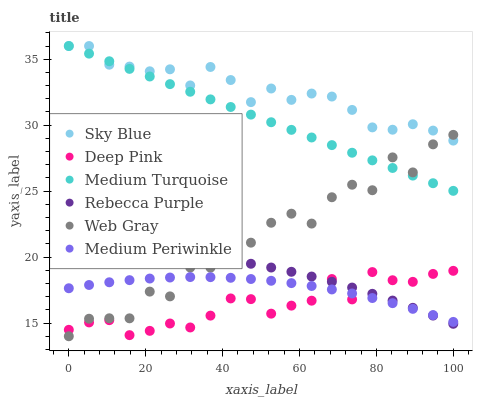
| xaxis_label | Sky Blue | Deep Pink | Medium Turquoise | Rebecca Purple | Web Gray | Medium Periwinkle |
 | --- | --- | --- | --- | --- | --- | --- |
 | 0 | 36 | 14.5 | 36 | 20.4 | 14 | 17.6 |
 | 5.26 | 36 | 15 | 35.4 | 20.4 | 15.3 | 17.9 |
 | 10.5 | 34.6 | 15.2 | 34.8 | 20.4 | 15.4 | 18.1 |
 | 15.8 | 34.4 | 14.1 | 34.3 | 20.4 | 15.4 | 18.3 |
 | 21.1 | 34.1 | 14.4 | 33.7 | 20.4 | 17.4 | 18.4 |
 | 26.3 | 34.2 | 15 | 33.1 | 20.3 | 17 | 18.5 |
 | 31.6 | 33 | 14.7 | 32.5 | 20.1 | 19.2 | 18.5 |
 | 36.8 | 34.4 | 15.6 | 32 | 20 | 19.2 | 18.5 |
 | 42.1 | 33.4 | 16.9 | 31.4 | 19.7 | 20 | 18.4 |
 | 47.4 | 31.7 | 16.8 | 30.8 | 19.5 | 21.1 | 18.3 |
 | 52.6 | 32.8 | 15.7 | 30.2 | 19.2 | 22.6 | 18.2 |
 | 57.9 | 31.9 | 16.3 | 29.6 | 18.9 | 23.3 | 18 |
 | 63.2 | 32.4 | 16.7 | 29.1 | 18.5 | 22.5 | 17.8 |
 | 68.4 | 32.2 | 18.3 | 28.5 | 18.1 | 24.5 | 17.5 |
 | 73.7 | 31.2 | 16.8 | 27.9 | 17.7 | 25.5 | 17.2 |
 | 78.9 | 29.8 | 18.9 | 27.3 | 17.2 | 25.1 | 16.9 |
 | 84.2 | 29.7 | 18.2 | 26.8 | 16.7 | 27.6 | 16.5 |
 | 89.5 | 30.1 | 18.1 | 26.2 | 16.2 | 26.4 | 16.1 |
 | 94.7 | 29.6 | 18.7 | 25.6 | 15.6 | 28.5 | 15.6 |
 | 100 | 28.8 | 19 | 25 | 14.9 | 29.3 | 15.1 |